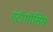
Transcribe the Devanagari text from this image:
एंटीथीसिस